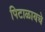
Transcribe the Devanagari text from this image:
पिटाळायचे